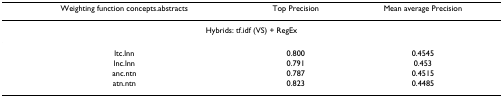
<table><thead><tr><td><b>Weighting function concepts.abstracts</b></td><td><b>Top Precision</b></td><td><b>Mean average Precision</b></td></tr></thead><tbody><tr><td colspan="3">Hybrids: tf.idf (VS) + RegEx</td></tr><tr><td>ltc.lnn</td><td>0.800</td><td>0.4545</td></tr><tr><td>lnc.lnn</td><td>0.791</td><td>0.453</td></tr><tr><td>anc.ntn</td><td>0.787</td><td>0.4515</td></tr><tr><td>atn.ntn</td><td>0.823</td><td>0.4485</td></tr></tbody></table>